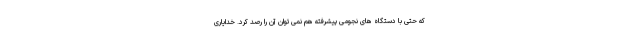
که حتی با دستگاه های نجومی پیشرفته هم نمی توان آن را رصد کرد. خدایاری